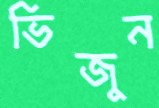
ভিজুন